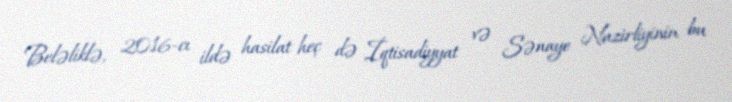
Beləliklə, 2016-cı ildə hasilat heç də İqtisadiyyat və Sənaye Nazirliyinin bu